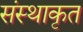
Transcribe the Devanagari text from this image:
संस्थाकृत